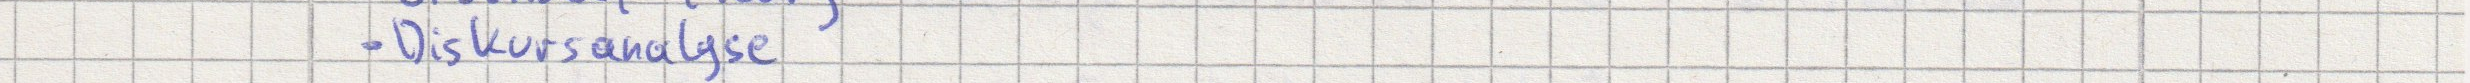
- Diskursanalyse